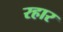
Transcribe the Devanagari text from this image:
रहार